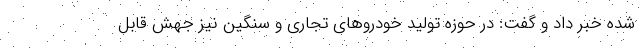
شده خبر داد و گفت: در حوزه تولید خودروهای تجاری و سنگین نیز جهش قابل